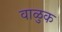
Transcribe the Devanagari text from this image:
वाळुक